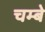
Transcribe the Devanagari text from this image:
चम्बे